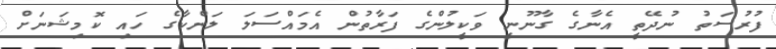
ފުރުސަތު ނުދޭތީ އެނާގެ ގާނޫނީ ވަކީލުންގެ ފަރާތުން އެމައްސަލަ ލަންކާގެ ހައި ކޮމިޝަނަށް